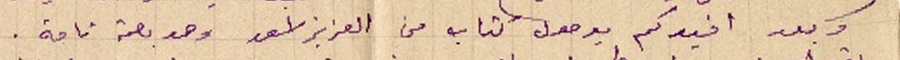
وبعد افيدكم بوصول كتاب من العزيز اسعد وهو بصحة تامة.